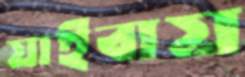
যাইবায়